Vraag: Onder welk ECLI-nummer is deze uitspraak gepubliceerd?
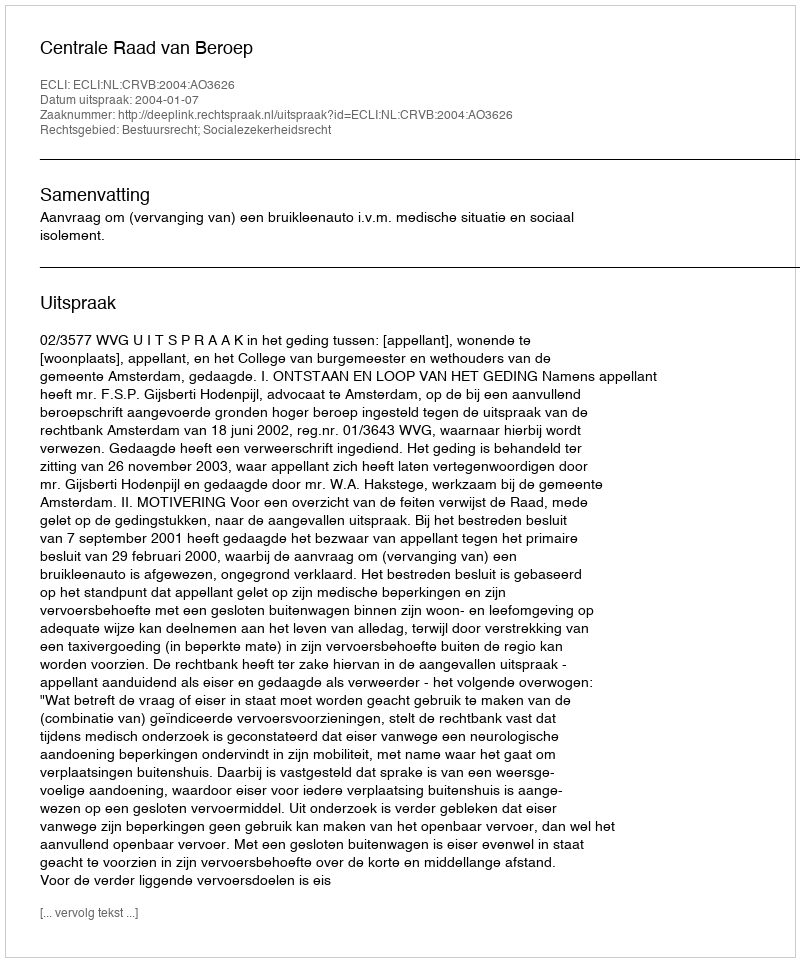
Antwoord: ECLI:NL:CRVB:2004:AO3626